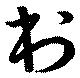
村